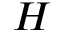
H